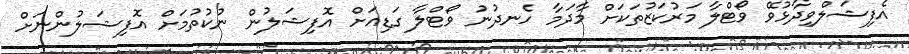
އެފިޝަލްވިދާޅުވޭ ވޯޓްލާ މަރުކަޒުތަކަށް މާދަމާ ހެނދުނު ވޯޓްލާ ގަޑިއަށް އޮފިޝަލުން ނުކުތުމަށް އޮފިޝަލުންނަށް